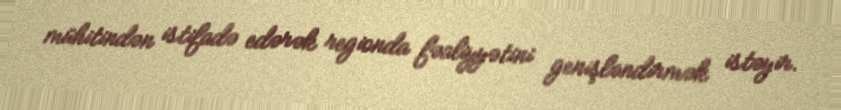
mühitindən istifadə edərək regionda fəaliyyətini genişləndirmək istəyir.